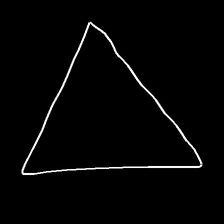
Glyph: convergence